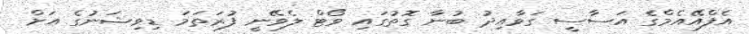
އެފްއޭއެމްގެ އަސާސީ ގަވާއިދު ބުނާ ގޮތުގައި ވޯޓް ލެވޭނީ ފުރަތަމަ ޑިވިޝަނުގެ އަށް